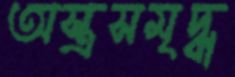
অস্ত্রসমৃদ্ধ